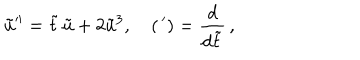
LaTeX: \tilde { u } ^ { \prime \prime } = \tilde { t } \, \tilde { u } + 2 \tilde { u } ^ { 3 } , \quad ( \, { } ^ { \prime } ) = \frac { d } { d \tilde { t } } \, ,